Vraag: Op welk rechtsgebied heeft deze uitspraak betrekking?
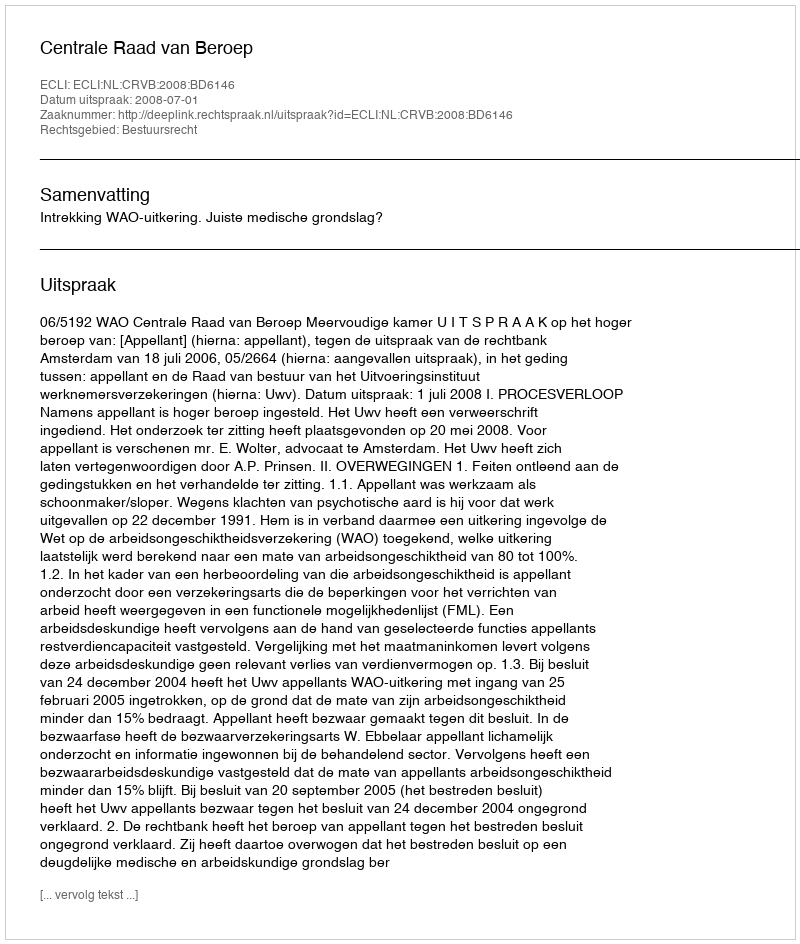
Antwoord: Bestuursrecht